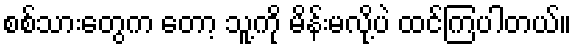
စစ်သားတွေက တော့ သူ့ကို မိန်းမလို့ပဲ ထင်ကြပါတယ်။